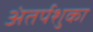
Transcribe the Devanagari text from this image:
अंतर्पशुका